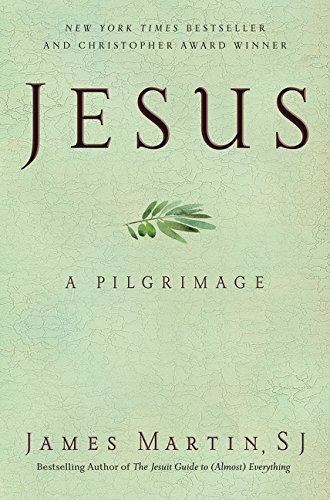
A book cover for Jesus: A Pilgrimage; James Martin; Christian Books & Bibles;